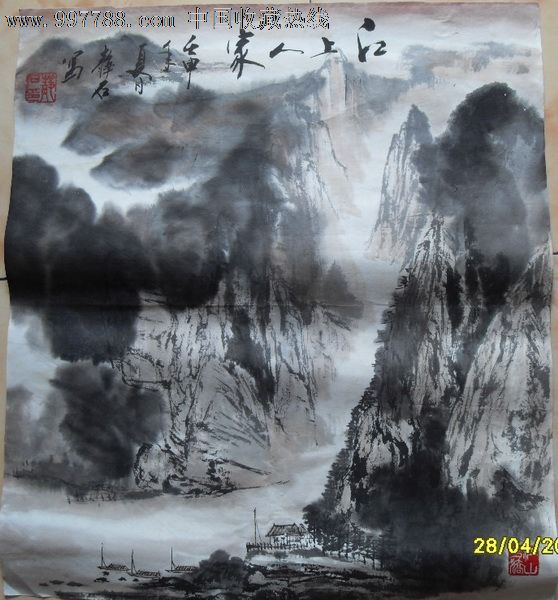
今夜月明江上酒初醒。